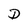
Character: D